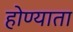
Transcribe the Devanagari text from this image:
होण्याता